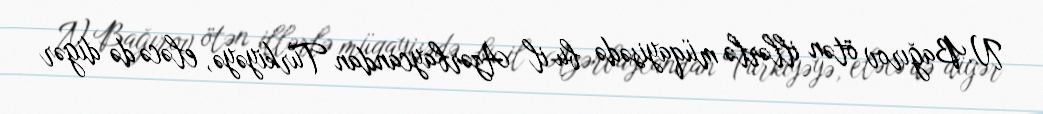
N.Bağırov ötən illərlə müqayisədə bu il Azərbaycandan Türkiyəyə, eləcə də digər